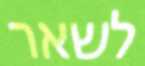
לשאר